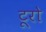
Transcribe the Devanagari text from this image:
टूरो